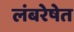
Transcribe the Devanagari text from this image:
लंबरेषेत